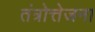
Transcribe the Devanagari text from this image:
तंत्रोत्तेजना